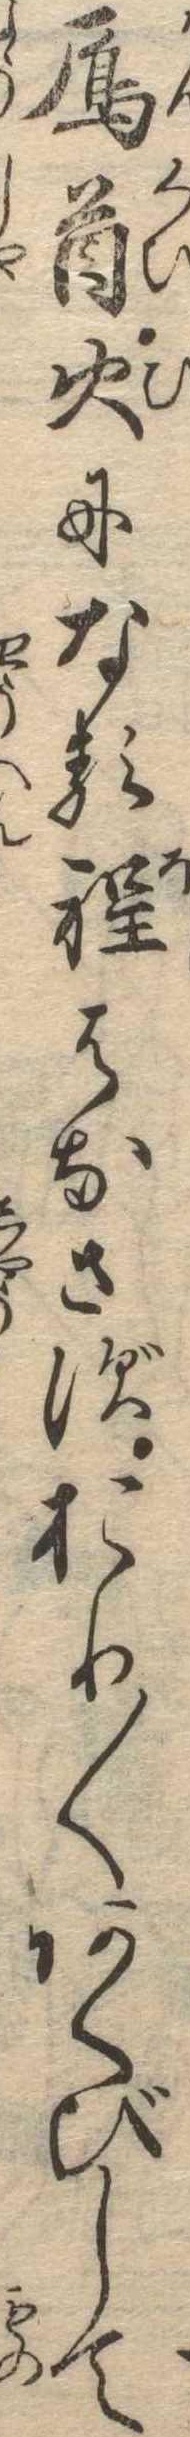
雁首火になる程はなさずおり〱あくびして